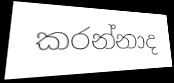
කරන්නාද